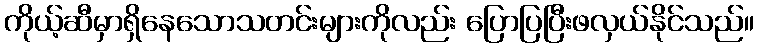
ကိုယ့်ဆီမှာရှိနေသောသတင်းများကိုလည်း ပြောပြပြီးဖလှယ်နိုင်သည်။